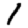
Digit: 1